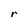
Character: r